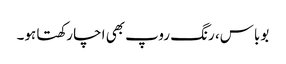
بوباس، رنگ روپ بھی اچا رکھتا ہو۔